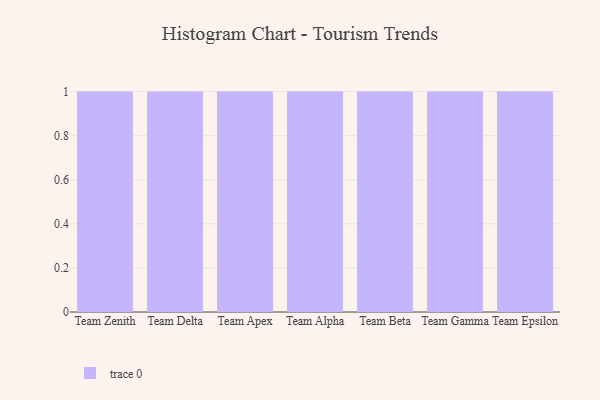
{"axis": {"x": "Team", "y": "Shipments"}, "legend": [""], "data": [{"x": "Team Zenith", "y": 49, "type": ""}, {"x": "Team Delta", "y": 11, "type": ""}, {"x": "Team Apex", "y": 83, "type": ""}, {"x": "Team Alpha", "y": 55, "type": ""}, {"x": "Team Beta", "y": 44, "type": ""}, {"x": "Team Gamma", "y": 38, "type": ""}, {"x": "Team Epsilon", "y": 65, "type": ""}]}